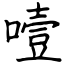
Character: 噎